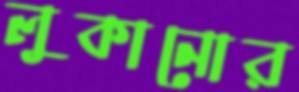
লুকানোর